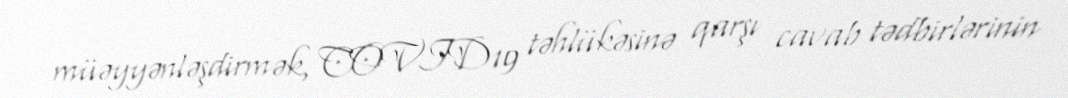
müəyyənləşdirmək, COVID19 təhlükəsinə qarşı cavab tədbirlərinin